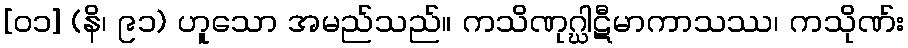
[၀၁] (နိ၊ ၉၁) ဟူသော အမည်သည်။ ကသိဏုဂ္ဃါဋီမာကာသဿ၊ ကသိုဏ်း